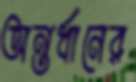
অন্তর্ধানের